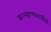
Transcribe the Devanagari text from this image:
कल्याणस्वामीनी